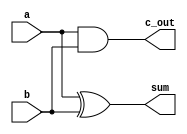
`timescale 1ns / 1ps

module Half_Adder(
    output sum, c_out,
    input a, b
    );
    
    assign sum = a ^ b;
    assign c_out = a & b;

endmodule